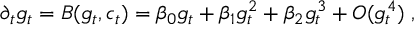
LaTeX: \partial _ { t } g _ { t } = B ( g _ { t } , c _ { t } ) = \beta _ { 0 } g _ { t } + \beta _ { 1 } g _ { t } ^ { 2 } + \beta _ { 2 } g _ { t } ^ { 3 } + O ( g _ { t } ^ { 4 } ) \; ,